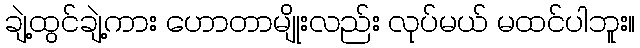
ချဲ့ထွင်ချဲ့ကား ဟောတာမျိုးလည်း လုပ်မယ် မထင်ပါဘူး။